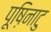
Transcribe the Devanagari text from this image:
पूष़िनाटु